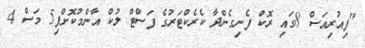
"ފިއުރިއަސް 8ގައި ރޮކް ފެނިގެންދާ ކެރެކްޓަރުގެ ފަސްޓް ލުކް އާންމުކޮށްފި5 މަސް 4